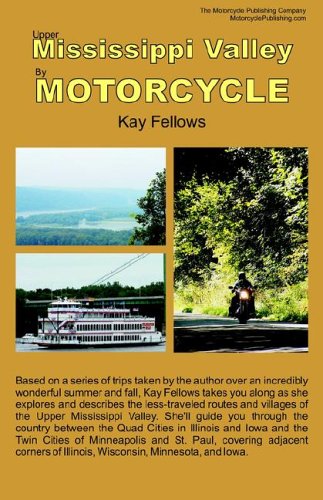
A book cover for Upper Mississippi Valley by Motorcycle; Kay Fellows; Travel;